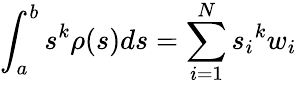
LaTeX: \int_{a}^{b}s^{k}\rho(s)ds=\sum_{i=1}^{N}{s_{i}}^{k}w_{i}